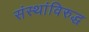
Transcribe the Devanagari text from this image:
संस्थांविरुद्ध